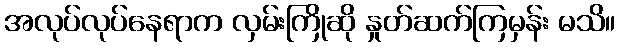
အလုပ်လုပ်နေရာက လှမ်းကြိုဆို နှုတ်ဆက်ကြမှန်း မသိ။